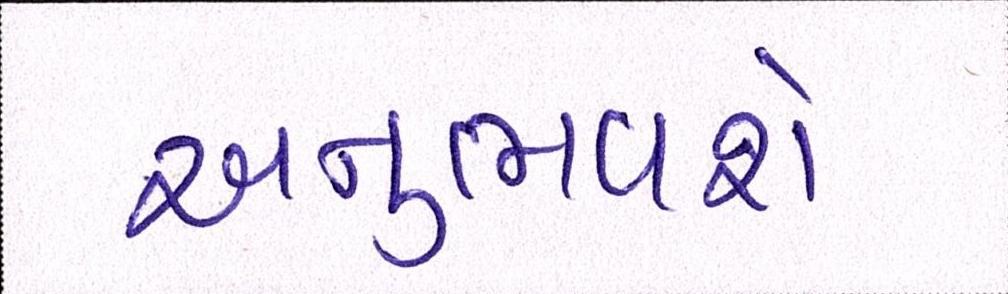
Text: અનુભવશે